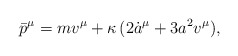
\begin{align*}{\bar p}^{\mu}=mv^\mu+\kappa\,(2{\dot a}^\mu+3a^2v^\mu), \end{align*}